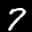
Label: 7